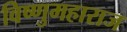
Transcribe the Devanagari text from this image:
विष्णुमहाराज